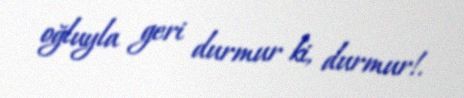
oğluyla geri durmur ki, durmur!.